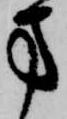
方